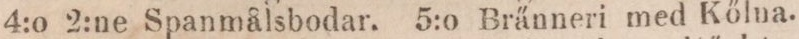
4:o 2:ne Spanmålsbodar. 5:o Bränneri med Kőlna.